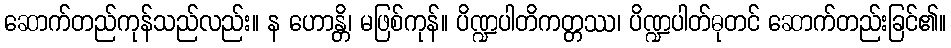
ဆောက်တည်ကုန်သည်လည်း။ န ဟောန္တိ၊ မဖြစ်ကုန်။ ပိဏ္ဍပါတိကတ္တဿ၊ ပိဏ္ဍပါတ်ဓုတင် ဆောက်တည်းခြင်၏။